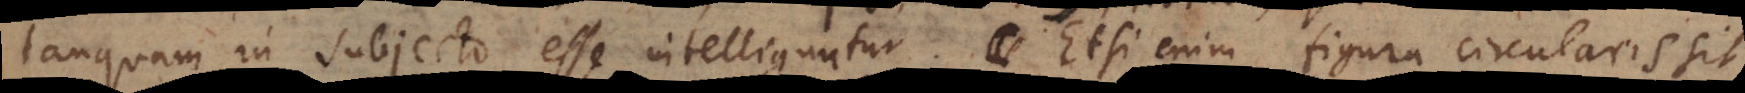
tanquam in subjecto esse intelliguntur. Etsi enim figura circularis sit